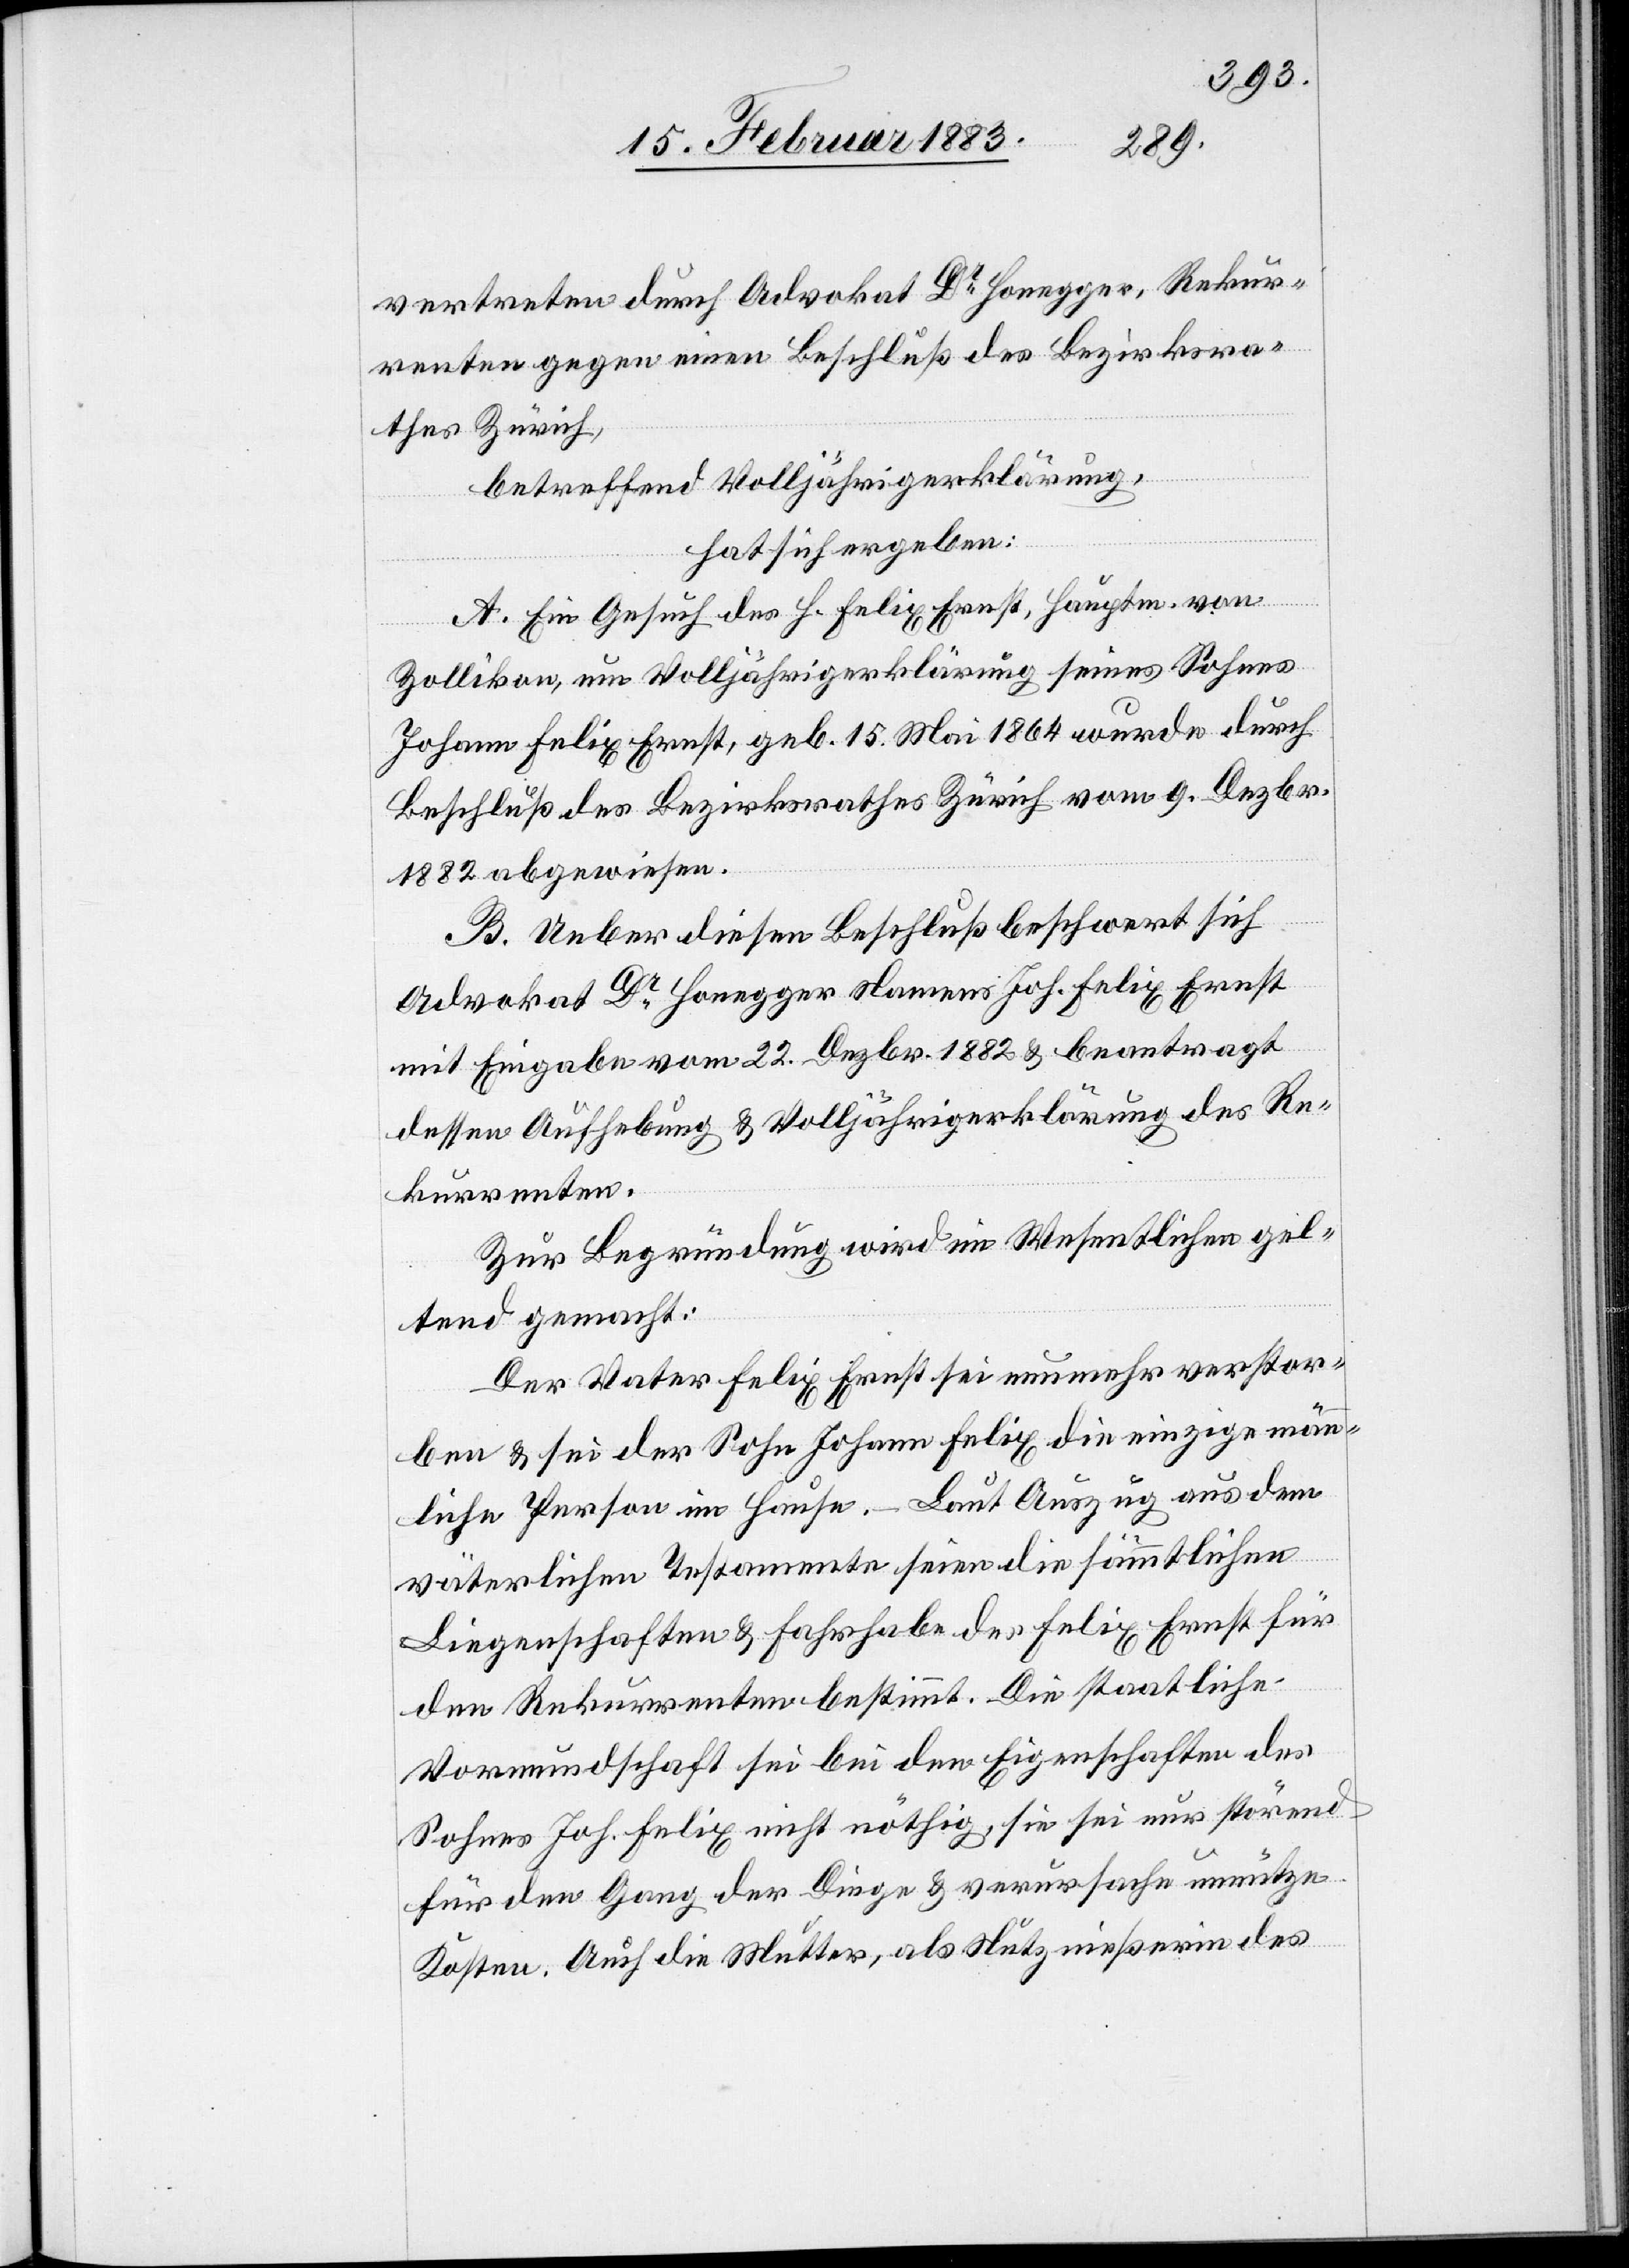
vertreten durch Advokat Dr Honegger, Rekur¬
renten gegen einen Beschluß des Bezirksra¬
thes Zürich,
betreffend Volljährigerklärung,
hat sich ergeben:
A. Ein Gesuch des H. Felix Ernst, Hauptm. von
Zollikon, um Volljährigerklärung seines Sohnes
Johann Felix Ernst, geb. 15. Mai 1864 wurde durch
Beschluß des Bezirksrathes Zürich vom 9. Dezbr.
1882 abgewiesen.
B. Ueber diesen Beschluß beschwert sich
Advokat Dr Honegger Namens Joh. Felix Ernst
mit Eingabe vom 22. Dezbr. 1882 & beantragt
dessen Aufhebung & Volljährigerklärung des Re¬
kurrenten.
Zur Begründung wird im Wesentlichen gel¬
tend gemacht:
Der Vater Felix Ernst sein nunmehr verstor¬
ben & sei der Sohn Johannes Felix die einzige männ¬
liche Person im Hause. – Laut Auszug aus dem
väterlichen Testamente seien die sämmtlichen
Liegenschaften & Fahrhabe des Felix Ernst für
den Rekurrenten bestimmt. Die staatliche
Vormundschaft sei bei den Eigenschaften des
Sohnes Joh. Felix nicht nöthig, sie sei nur störend
für den Gang der Dinge & verursache unnütze
Kosten. Auch die Mutter, als Nutznießerin des